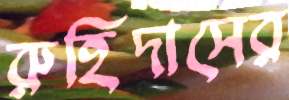
রুহিদাসের